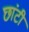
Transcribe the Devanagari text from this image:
छांटी